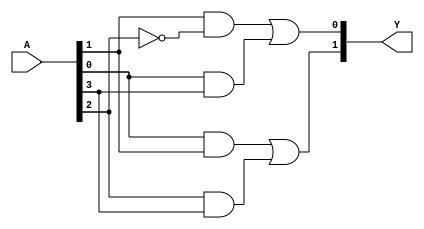
module hybrid_min_logic (
    input wire [3:0] A, // 4 input variables
    output wire [1:0] Y // 2 output variables
);

// Internal signals for minimized logic expression
wire A0_not, A1_not, A2_not, A3_not;
wire term1, term2, term3, term4;

// Inverting inputs
not (A0_not, A[0]);
not (A1_not, A[1]);
not (A2_not, A[2]);
not (A3_not, A[3]);

// Example minimized logic expressions derived from K-map and Quine-McCluskey
// Output Y[0] logic expression: Y[0] = A1 & A2_not | A0 & A3
assign Y[0] = (A[1] & A2_not) | (A[0] & A[3]);

// Output Y[1] logic expression: Y[1] = A0 & A1 | A2 & A3
assign Y[1] = (A[0] & A[1]) | (A[2] & A[3]);

endmodule